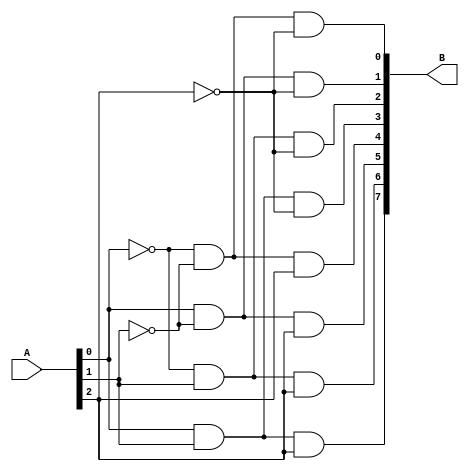

module decoder(	
		input [2:0] A,
		output [7:0] B
	);
	
	wire net1, net2, net3, net4, net5, net6, net7, net8;
       
    and(net1, ~A[0], ~A[1]);
    and(B[0], net1, ~A[2]);
    
    and(net2, A[0], ~A[1]);
    and(B[1], net2, ~A[2]);
    
    and(net3, ~A[0], A[1]);
    and(B[2], net3, ~A[2]);
    
    and(net4, A[0], A[1]);
    and(B[3], net4, ~A[2]);
    
    and(net5, ~A[0], ~A[1]);
    and(B[4], net5, A[2]);
    
    and(net6, A[0], ~A[1]);
    and(B[5], net6, A[2]);
    
    and(net7, ~A[0], A[1]);
    and(B[6], net7, A[2]);
    
    and(net8, A[0], A[1]);
    and(B[7], net8, A[2]);
    
	
endmodule